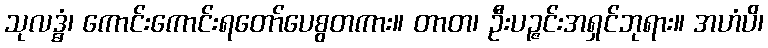
သုလဒ္ဓံ၊ ကောင်းကောင်းရတော်ပေစွတကား။ တာတ၊ ဦးပဉ္ဇင်းအရှင်ဘုရား။ အဟံပိ၊